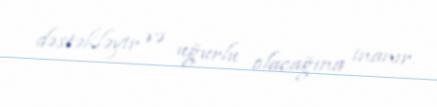
dəstəkləyir və uğurlu olacağına inanır.